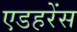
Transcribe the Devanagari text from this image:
एडहरेंस